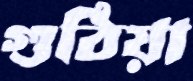
গুঠিয়া